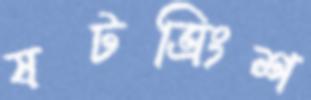
ষটত্রিংশ